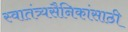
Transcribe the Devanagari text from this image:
स्वातंत्र्यसैनिकांसाठी